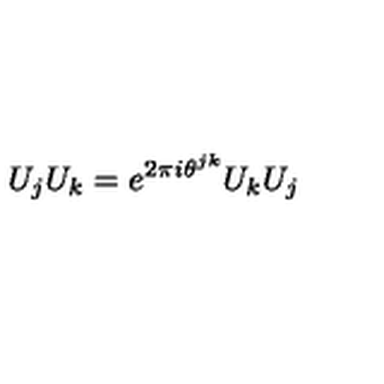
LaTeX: U _ { j } U _ { k } = e ^ { 2 \pi i \theta ^ { j k } } U _ { k } U _ { j }